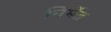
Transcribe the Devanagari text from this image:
निर्मेत